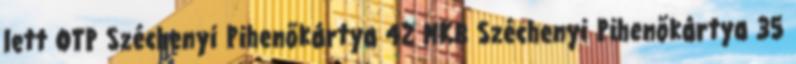
lett OTP Széchenyi Pihenőkártya 42 MKB Széchenyi Pihenőkártya 35